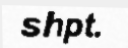
shpt.